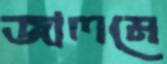
জালমে